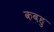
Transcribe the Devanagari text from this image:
कबहु